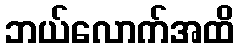
ဘယ်လောက်အထိ